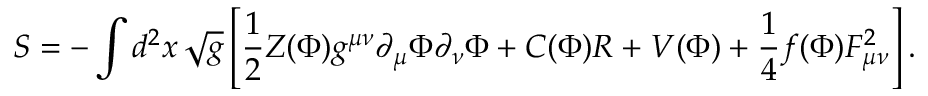
S = - \int d ^ { 2 } x \, \sqrt { g } \left[ { \frac { 1 } { 2 } } Z ( \Phi ) g ^ { \mu \nu } \partial _ { \mu } \Phi \partial _ { \nu } \Phi + C ( \Phi ) R + V ( \Phi ) + \frac { 1 } { 4 } f ( \Phi ) F _ { \mu \nu } ^ { 2 } \right] .